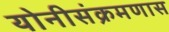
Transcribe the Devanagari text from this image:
योनीसंक्रमणास